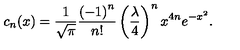
c _ { n } ( x ) = { \frac { 1 } { \sqrt { \pi } } } { \frac { \left( - 1 \right) ^ { n } } { n ! } } \left( { \frac { \lambda } { 4 } } \right) ^ { n } x ^ { 4 n } e ^ { - x ^ { 2 } } .